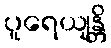
ပူရေယျန္တိ